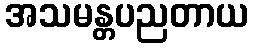
အသမန္တပညတာယ